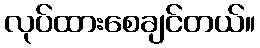
လုပ်ထားစေချင်တယ်။